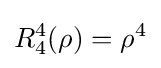
R_{4}^{4}(\rho )=\rho ^{4}